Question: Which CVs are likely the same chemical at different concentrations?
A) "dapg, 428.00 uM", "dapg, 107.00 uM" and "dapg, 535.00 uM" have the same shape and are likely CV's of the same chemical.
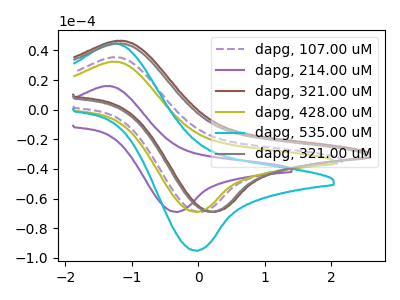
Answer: <think>The purple dashed curve "dapg, 107.00 uM" has an anodic peak at (-1.25V, 35.30uA) and a cathodic peak at (0.00V, -69.00uA). The purple curve "dapg, 214.00 uM" has an anodic peak at (-1.40V, 15.90uA) and a cathodic peak at (-0.35V, -69.00uA). The brown curve "dapg, 321.00 uM" has an anodic peak at (-1.20V, 46.40uA) and a cathodic peak at (0.25V, -69.00uA). The olive curve "dapg, 428.00 uM" has an anodic peak at (-1.30V, 32.30uA) and a cathodic peak at (-0.05V, -69.00uA). The cyan curve "dapg, 535.00 uM" has an anodic peak at (-1.30V, 44.55uA) and a cathodic peak at (-0.05V, -95.20uA). The gray curve "dapg, 321.00 uM" has an anodic peak at (-1.20V, 44.60uA) and a cathodic peak at (0.20V, -69.00uA).
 "dapg, 107.00 uM" and "dapg, 214.00 uM" have at least one peak that do not match. "dapg, 107.00 uM" and "dapg, 321.00 uM" have at least one peak that do not match. All the peaks in "dapg, 107.00 uM" have a peak in "dapg, 428.00 uM" at the same potential. All the peaks in "dapg, 107.00 uM" have a peak in "dapg, 535.00 uM" at the same potential. Every peak in "dapg, 107.00 uM" is lower than every peak in "dapg, 535.00 uM". "dapg, 107.00 uM" and "dapg, 321.00 uM" have at least one peak that do not match. "dapg, 214.00 uM" and "dapg, 321.00 uM" have at least one peak that do not match. "dapg, 214.00 uM" and "dapg, 428.00 uM" have at least one peak that do not match. "dapg, 214.00 uM" and "dapg, 535.00 uM" have at least one peak that do not match. "dapg, 214.00 uM" and "dapg, 321.00 uM" have at least one peak that do not match. "dapg, 321.00 uM" and "dapg, 428.00 uM" have at least one peak that do not match. "dapg, 321.00 uM" and "dapg, 535.00 uM" have at least one peak that do not match. All the peaks in "dapg, 321.00 uM" have a peak in "dapg, 321.00 uM" at the same potential. All the peaks in "dapg, 428.00 uM" have a peak in "dapg, 535.00 uM" at the same potential. Every peak in "dapg, 428.00 uM" is lower than every peak in "dapg, 535.00 uM". "dapg, 428.00 uM" and "dapg, 321.00 uM" have at least one peak that do not match. "dapg, 535.00 uM" and "dapg, 321.00 uM" have at least one peak that do not match.</think>
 <answer>A) "dapg, 428.00 uM", "dapg, 107.00 uM" and "dapg, 535.00 uM" have the same shape and are likely CV's of the same chemical.</answer>
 <eval>A</eval>